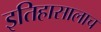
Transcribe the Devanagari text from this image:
इतिहासालाच